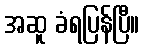
အဆူ ခံရပြန်ပြီ။